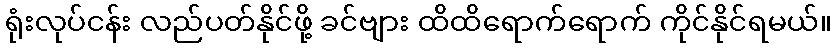
ရုံးလုပ်ငန်း လည်ပတ်နိုင်ဖို့ ခင်ဗျား ထိထိရောက်ရောက် ကိုင်နိုင်ရမယ်။